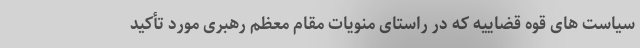
سیاست های قوه قضاییه که در راستای منویات مقام معظم رهبری مورد تأکید